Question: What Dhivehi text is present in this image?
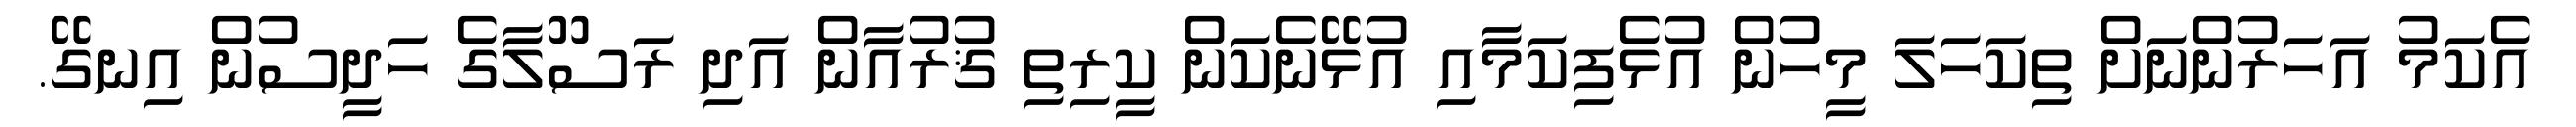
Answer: އެކަމު އަހަރުންނަށް ތިކަހަލަ މީހުން އުޅެފިކަމާއި އުޅޭނެކަން ކީރިތި ޤުރުއާން އަދި ރަސޫލާގެ ހަދީސުން އިނގޭ.